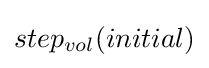
step_{vol}(initial)